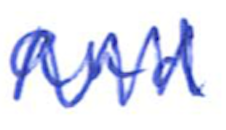
Text: and
Cross-out: zig-zag
Writing tool: ballpoint